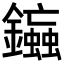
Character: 䥰